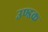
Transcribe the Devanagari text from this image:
उण्डक